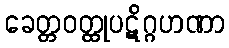
ခေတ္တဝတ္ထုပဋိဂ္ဂဟဏာ